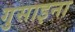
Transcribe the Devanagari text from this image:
गुसाइना